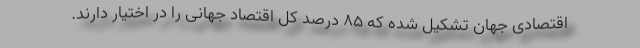
اقتصادی جهان تشکیل شده که 85 درصد کل اقتصاد جهانی را در اختیار دارند.